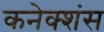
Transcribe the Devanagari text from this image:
कनेक्‍शंस